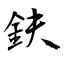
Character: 鈇